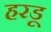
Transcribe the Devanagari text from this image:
हरडू